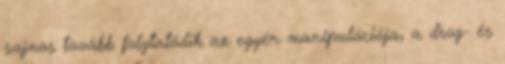
sajnos tovább folytatódik az egyén manipulációja, a drog- és